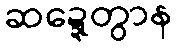
ဆဍ္ဍေတွာန